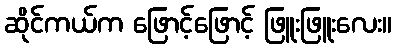
ဆိုင်ကယ်က ဖြောင့်ဖြောင့် ဖြူးဖြူးလေး။